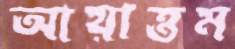
আয়াত্তম